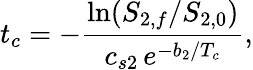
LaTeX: t_{c}=-\frac{\ln(S_{2,f}/S_{2,0})}{c_{s2}\, e^{-b_{2}/T_{c}}},